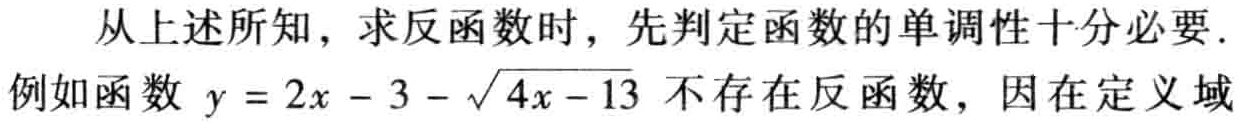
从上述所知，求反函数时，先判定函数的单调性十分必要. 例如函数 \(y = 2x - 3 - \sqrt{4x - 13}\) 不存在反函数，因在定义域